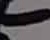
Text: -